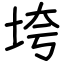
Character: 垮